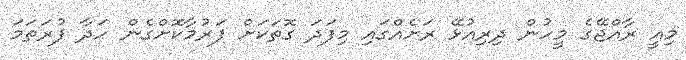
މިއީ ރާއްޖޭގެ މީހުން ދިރިއުޅޭ ރަށެއްގައި މިފަދަ ގޮތަކަށް ފަރުމާކޮށްގެން ހަދާ ފުރަތަމަ